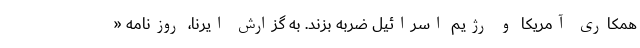
همکاری آمریکا و رژیم اسرائیل ضربه بزند. به گزارش ایرنا، روزنامه «